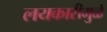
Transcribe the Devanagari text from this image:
लयकारीमुळे